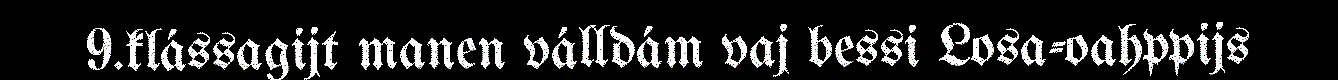
9.klássagijt manen válldám vaj bessi Losa-oahppijs